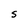
Character: S